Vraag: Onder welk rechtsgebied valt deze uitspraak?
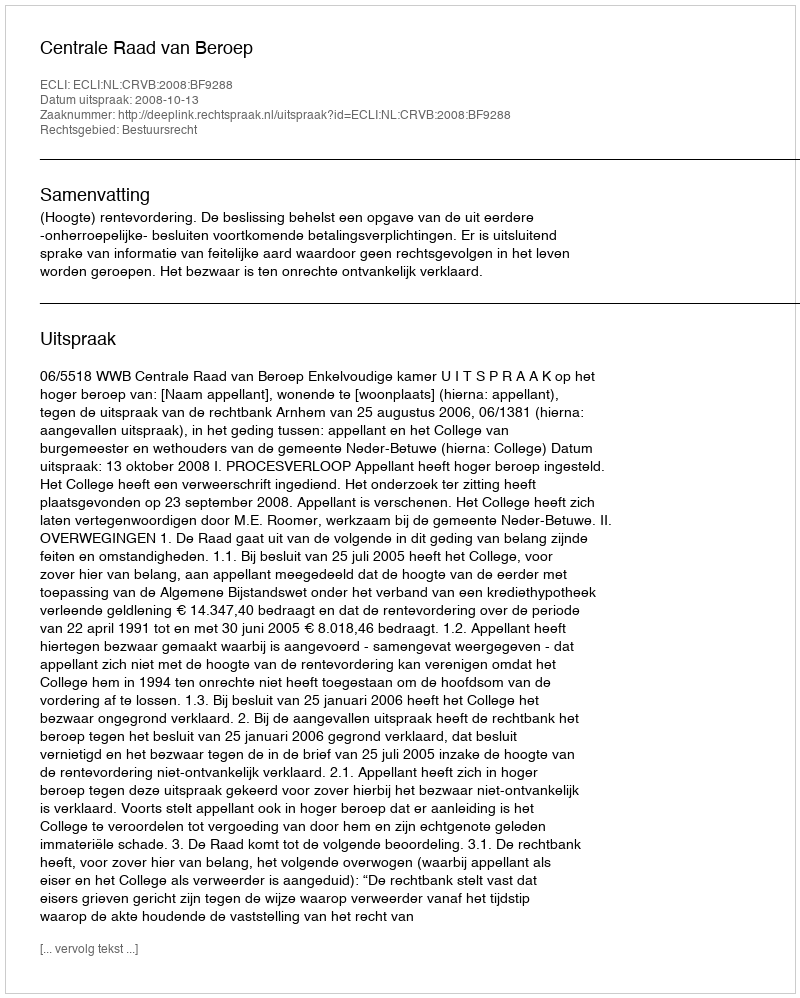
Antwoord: Bestuursrecht